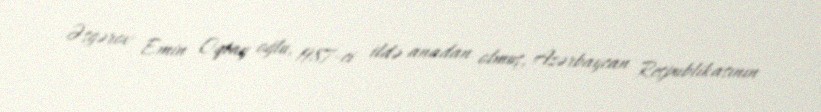
Əsgərov Emin Oqtay oğlu, 1987-ci ildə anadan olmuş, Azərbaycan Respublikasının